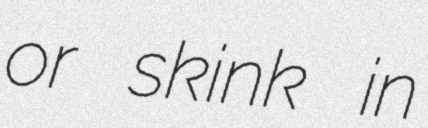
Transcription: or skink in